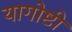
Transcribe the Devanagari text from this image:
यागोष्टी